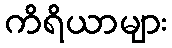
ကိရိယာများ